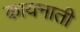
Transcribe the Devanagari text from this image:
कायनाती